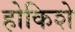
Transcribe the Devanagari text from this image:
होकिशे